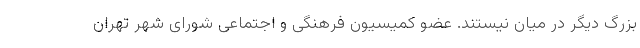
بزرگ دیگر در میان نیستند. عضو کمیسیون فرهنگی و اجتماعی شورای شهر تهران